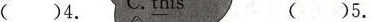
（ ）4. （ ）5.